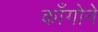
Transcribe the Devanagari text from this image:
काँगोने